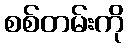
စစ်တမ်းကို